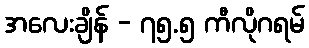
အလေးချိန် - ၇၅.၅ ကီလိုဂရမ်